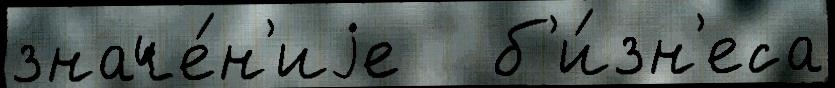
значе́н'иjе   б'и́зн'еса